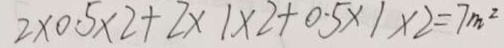
2 \times 0 . 5 \times 2 + 2 \times 1 \times 2 + 0 . 5 \times 1 \times 2 = 7 m ^ { 2 }